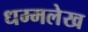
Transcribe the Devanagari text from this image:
धम्मलेख